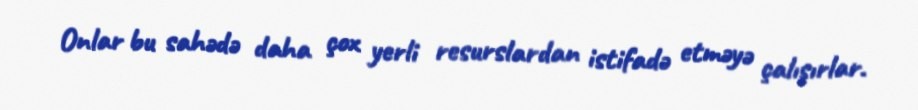
Onlar bu sahədə daha çox yerli resurslardan istifadə etməyə çalışırlar.